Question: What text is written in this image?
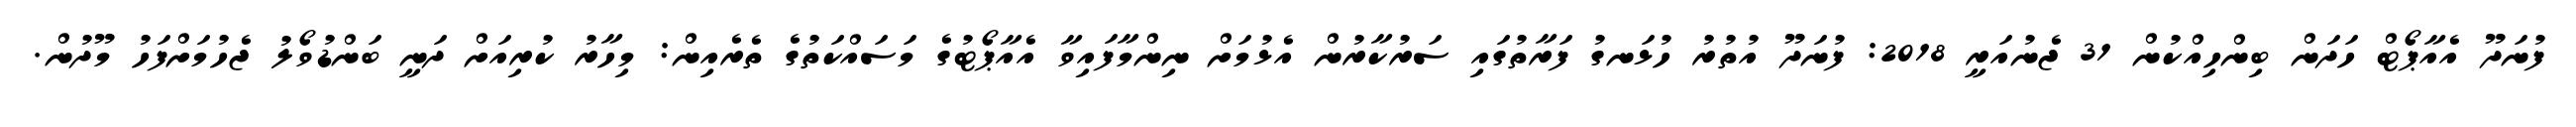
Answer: ފުނަދޫ އެއާޕޯޓް ހަދަން ބިންހިއްކުން 31 ޖެނުއަރީ 2018: ފުނަދޫ އުތުރު ހުޅަނގު ފަރާތުގައި ސަރުކާރުން އެޅުމަށް ނިންމާފައިވާ އެއާޕޯޓުގެ މަސައްކަތުގެ ތެރެއިން: މިހާރު ކުރިއަށް ދަނީ ބަންޑުވޯލު ޖެހުމަށްފަހު މޫދުން.